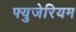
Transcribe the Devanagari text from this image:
फ्युजेरियम